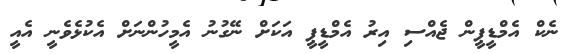
ނެކް އެމްޑީޕީން ޖެއްސި އިރު އެމްޑީޕީ އަކަށް ނޭގުނު އެމީހުންނަށް އެކުޅެވެނީ އެއީ